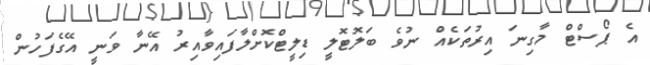
އެ ޕޯސްޓް މާގިނަ އިރުތަކެއް ނުވެ ބަލޮޓޮލީ ޑިލީޓްކޮށްލާފައިވާއިރު އޭނާ ވަނީ އޭގެފަހުން